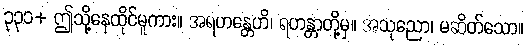
၃၃၁+ ဤသို့နေထိုင်မူကား။ အရဟန္တေဟိ၊ ရဟန္တာတို့မှ။ အသုညော၊ မဆိတ်သော။